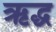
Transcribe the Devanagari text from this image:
ऋद्ध